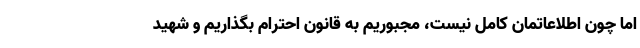
اما چون اطلاعاتمان کامل نیست، مجبوریم به قانون احترام بگذاریم و شهید